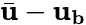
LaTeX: \bar{\mathbf{u}}-\mathbf{u_{\mathbf{b}}}